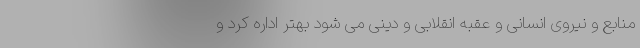
منابع و نیروی انسانی و عقبه انقلابی و دینی می شود بهتر اداره کرد و